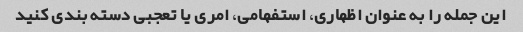
این جمله را به عنوان اظهاری، استفهامی، امری یا تعجبی دسته بندی کنید